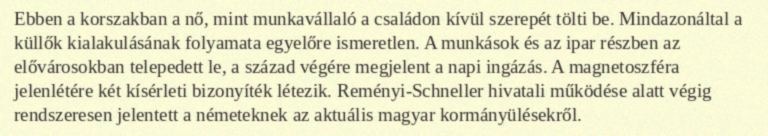
Ebben a korszakban a nő, mint munkavállaló a családon kívül szerepét tölti be. Mindazonáltal a küllők kialakulásának folyamata egyelőre ismeretlen. A munkások és az ipar részben az elővárosokban telepedett le, a század végére megjelent a napi ingázás. A magnetoszféra jelenlétére két kísérleti bizonyíték létezik. Reményi-Schneller hivatali működése alatt végig rendszeresen jelentett a németeknek az aktuális magyar kormányülésekről.